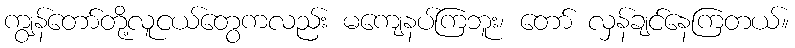
ကျွန်တော်တို့လူငယ်တွေကလည်း မကျေနပ်ကြဘူး၊ တော် လှန်ချင်နေကြတယ်။